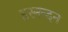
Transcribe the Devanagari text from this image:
हरनन्दन